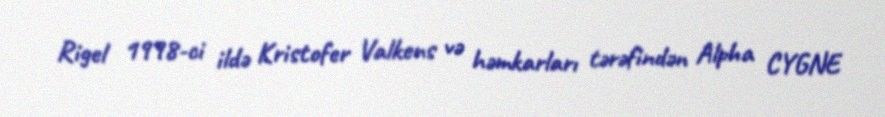
Rigel 1998-ci ildə Kristofer Valkens və həmkarları tərəfindən Alpha CYGNE